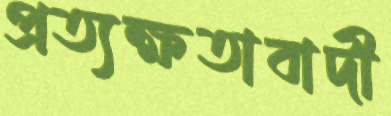
প্রত্যক্ষতাবাদী